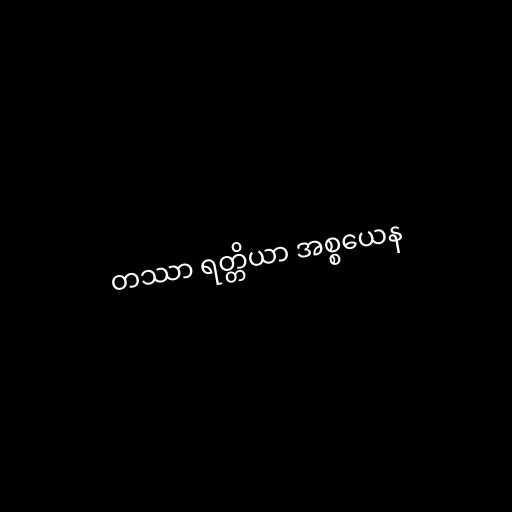
တဿာ ရတ္တိယာ အစ္စယေန